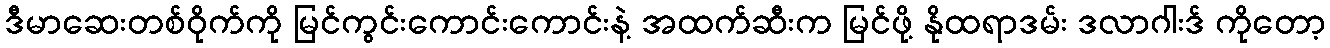
ဒီမာဆေးတစ်ဝိုက်ကို မြင်ကွင်းကောင်းကောင်းနဲ့ အထက်ဆီးက မြင်ဖို့ နိုထရာဒမ်း ဒလာဂါးဒ် ကိုတော့